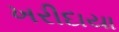
ખરીદાયા